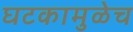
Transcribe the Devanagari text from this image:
घटकामुळेच